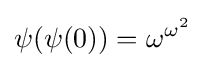
\psi (\psi (0))=\omega ^{\omega ^{2}}